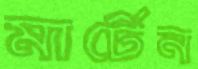
মার্টেন